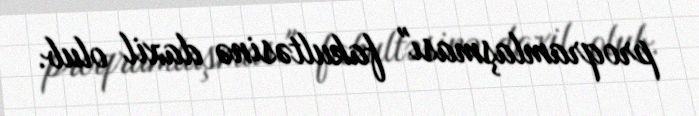
proqramlaşması" fakultəsinə daxil olub.